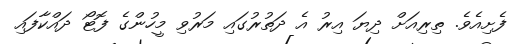
ފެށިއެވެ. ތިރިއަށް ދިޔަ އިރު އެ ދަތުރުގައި މަރުވި މީހުންގެ ފޮޓޯ ދައްކާފައި